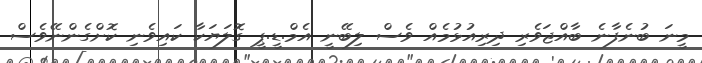
މީނަ ބުނެފާނެ ބާއްޖަވެރި ދިރިއުޅުމެއް ވެސް ލިބޭނީ އެމް.ޑީ.ޕީ ގޮލަޔަކާ ކައިވެނި ކޮށްގެންނޭވެސް